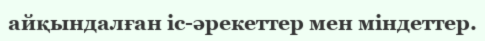
айқындалған іс-әрекеттер мен міндеттер.